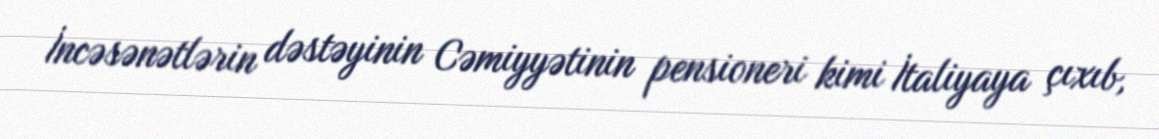
İncəsənətlərin dəstəyinin Cəmiyyətinin pensioneri kimi İtaliyaya çıxıb,